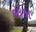
બોજા